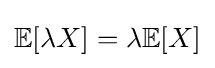
\mathbb {E} [\lambda X]=\lambda \mathbb {E} [X]